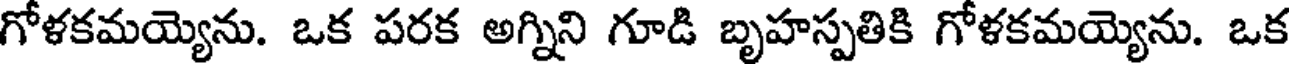
గోళకమయ్యెను. ఒక పరక అగ్నిని గూడి బృహస్పతికి గోళకమయ్యెను. ఒక